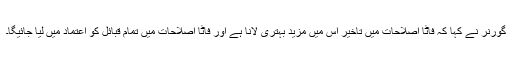
گورنر نے کہا کہ فاٹا اصلاحات میں تاخیر اس میں مزید بہتری لانا ہے اور فاٹا اصلاحات میں تمام قبائل کو اعتماد میں لیا جائیگا۔